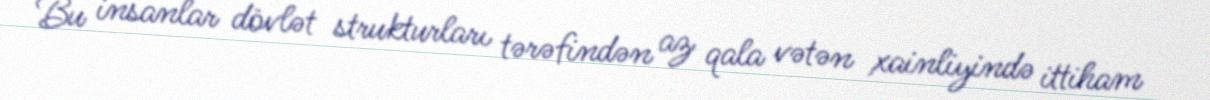
Bu insanlar dövlət strukturları tərəfindən az qala vətən xainliyində ittiham